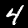
Label: 4